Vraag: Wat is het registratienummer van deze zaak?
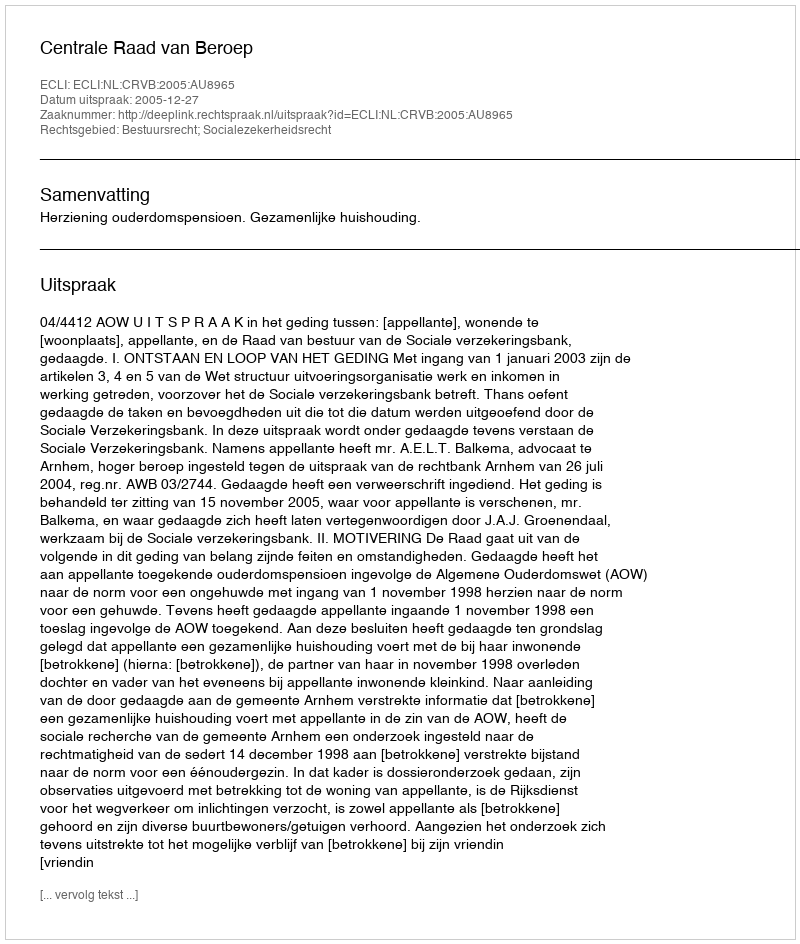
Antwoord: http://deeplink.rechtspraak.nl/uitspraak?id=ECLI:NL:CRVB:2005:AU8965